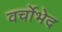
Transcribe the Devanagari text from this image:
वर्चोभेद